Vaccination in the Punjab 1897-1904 - 1897-1904
Year: 1897
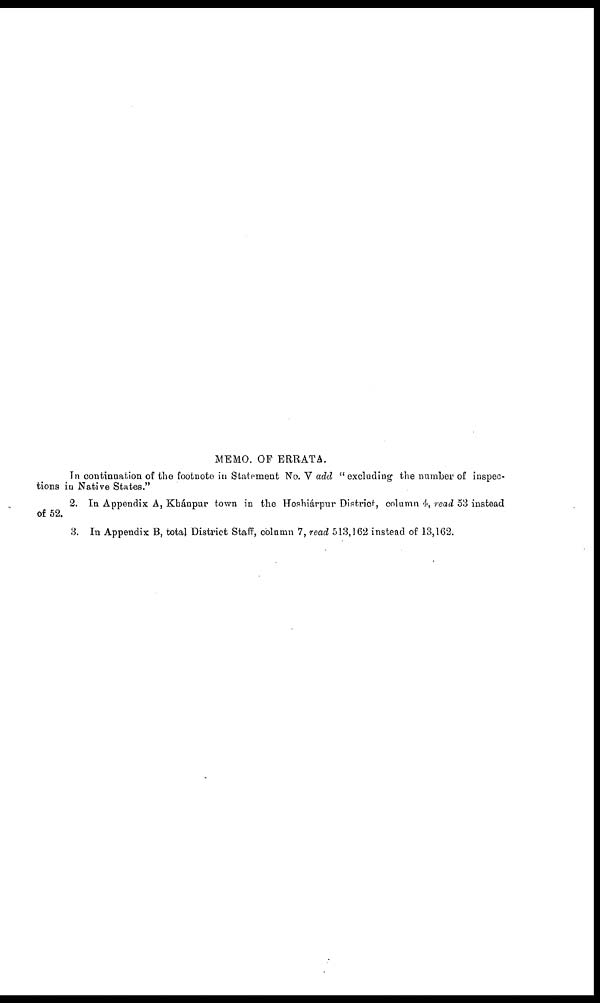
MEMO. OF ERRATA.
In continuation of the footnote in Statement No. V add " excluding the number of inspec-
tions in Native States."
2. In Appendix A, Khánpur town in the Hoshiárpur District, column 4, read 53 instead
of 52.
3. In Appendix B, total District Staff, column 7, read 513,162 instead of 13,162.